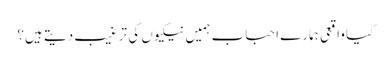
کیا واقعی ہمارے احباب ہمیں نیکیوں کی ترغیب دیتے ہیں؟